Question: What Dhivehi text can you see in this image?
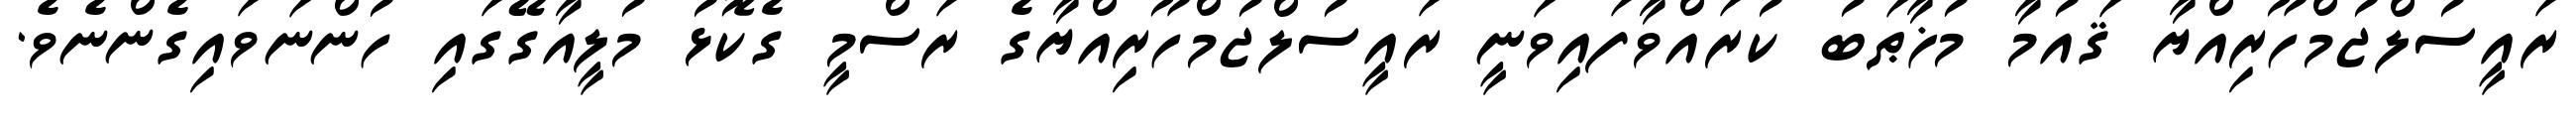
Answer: ރައީސުލްޖުމްހޫރިއްޔާ ޤައުމާ މުޚާޠަބު ކުރައްވާފައިވަނީ ރައީސުލްޖުމްހޫރިއްޔާގެ ރަސްމީ ގެކޮޅު މުލީއާގޭގައި ހުންނަވައިގެންނެވެ.